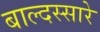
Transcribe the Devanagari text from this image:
बाल्दस्सारे